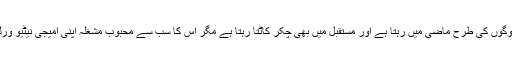
یہ شخص بھی عام لوگوں کی طرح ماضی میں رہتا ہے اور مستقبل میں بھی چکر کاٹتا رہتا ہے مگر اس کا سب سے محبوب مشغلہ اپنی امیجی نیٹیو ورلڈ میں رہنا ہوتا ہے۔